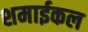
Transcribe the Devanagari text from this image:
शमाईकल